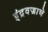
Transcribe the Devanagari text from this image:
इंद्रवज्राचे